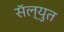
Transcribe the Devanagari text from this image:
सॅल्युत